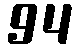
94